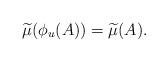
LaTeX: \begin{align*}\widetilde{\mu}(\phi_u(A))=\widetilde{\mu}(A).\end{align*}